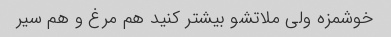
خوشمزه ولی ملاتشو بیشتر کنید هم مرغ و هم سیر